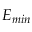
E _ { m i n }